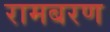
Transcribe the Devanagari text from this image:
रामबरण